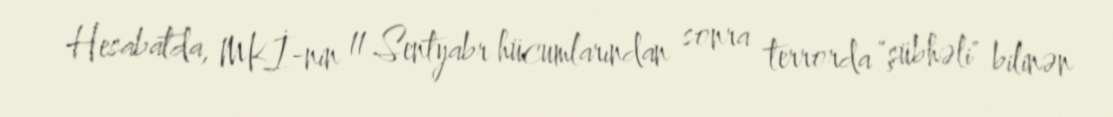
Hesabatda, MKİ-nin 11 Sentyabr hücumlarından sonra terrorda "şübhəli" bilinən